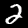
Digit: 2